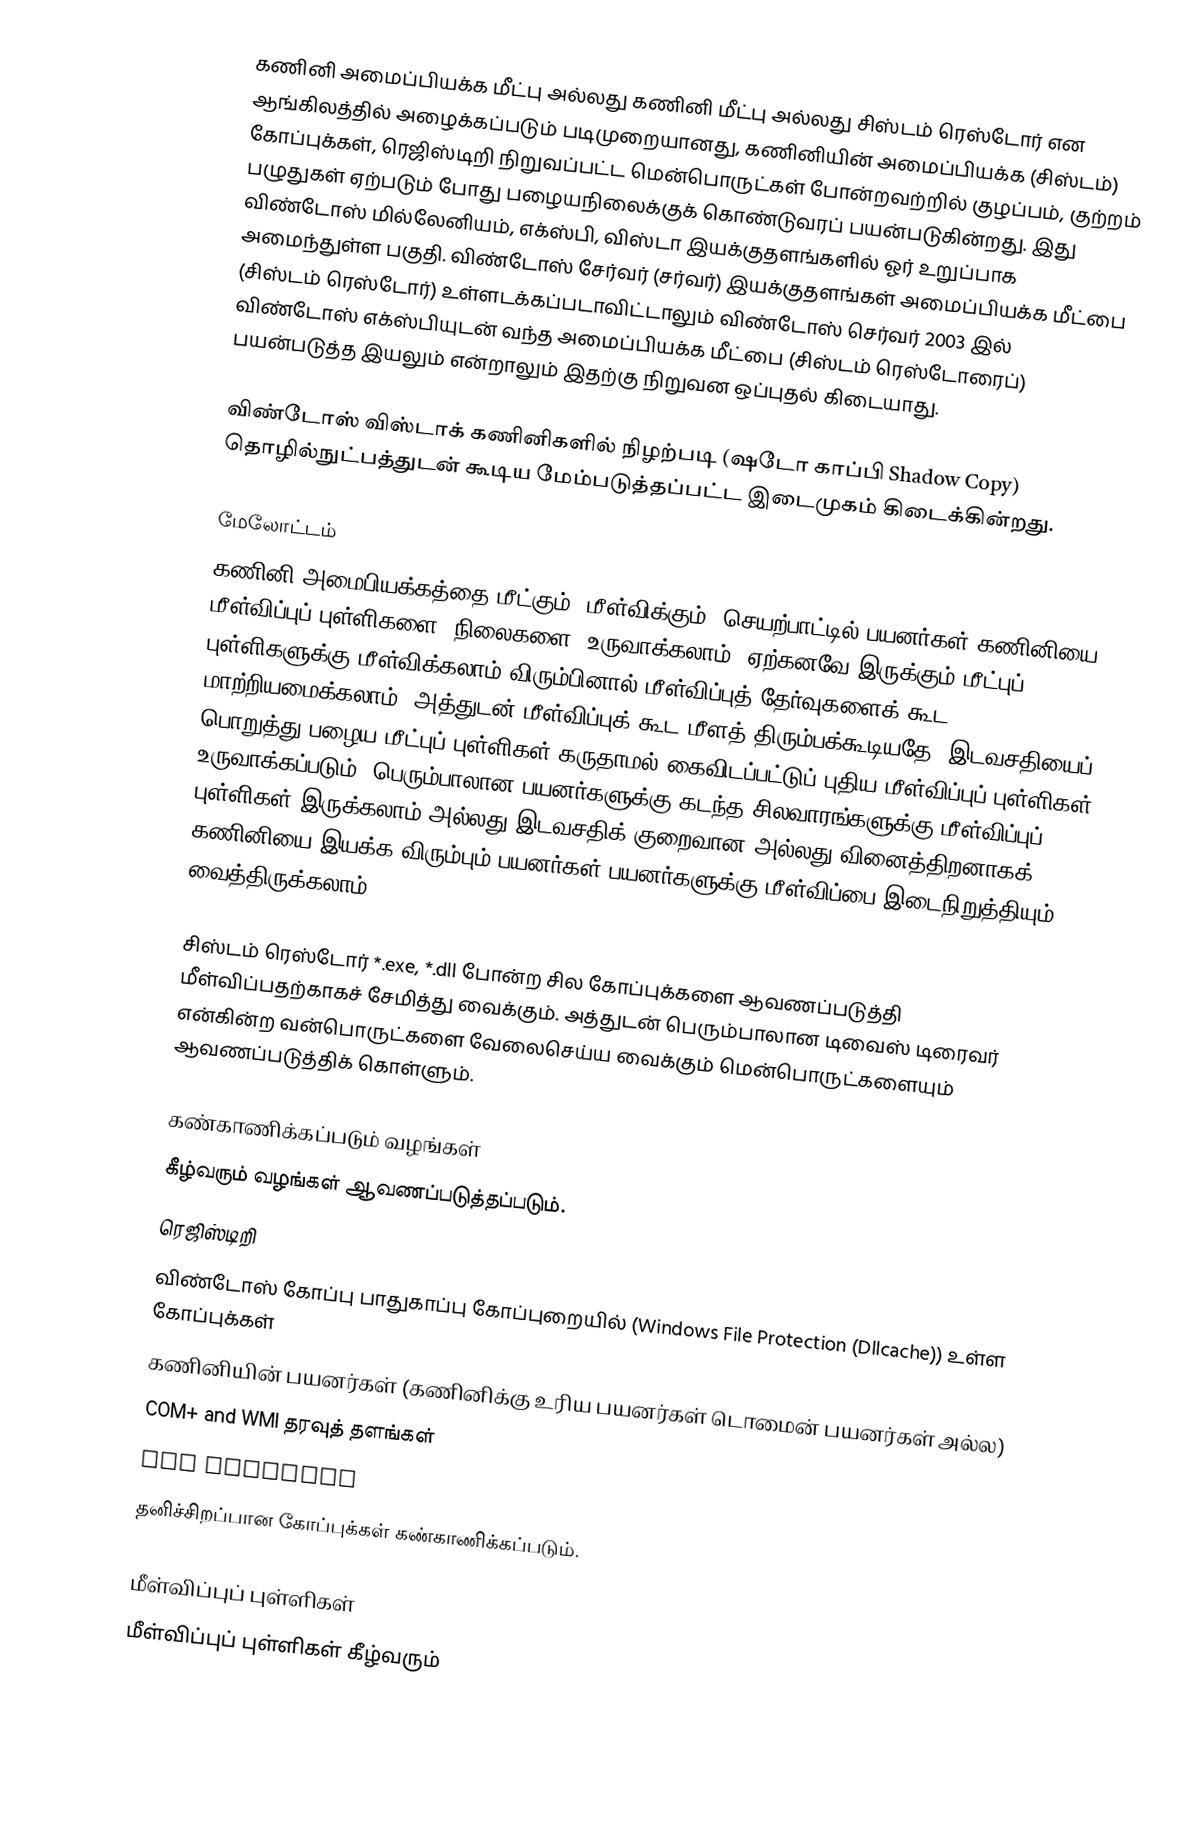
கணினி அமைப்பியக்க மீட்பு அல்லது கணினி மீட்பு அல்லது சிஸ்டம் ரெஸ்டோர் என ஆங்கிலத்தில் அழைக்கப்படும் படிமுறையானது, கணினியின் அமைப்பியக்க (சிஸ்டம்) கோப்புக்கள், ரெஜிஸ்டிறி நிறுவப்பட்ட மென்பொருட்கள் போன்றவற்றில் குழப்பம், குற்றம் பழுதுகள் ஏற்படும் போது பழையநிலைக்குக் கொண்டுவரப் பயன்படுகின்றது. இது விண்டோஸ் மில்லேனியம், எக்ஸ்பி, விஸ்டா இயக்குதளங்களில் ஓர் உறுப்பாக அமைந்துள்ள பகுதி. விண்டோஸ் சேர்வர் (சர்வர்) இயக்குதளங்கள் அமைப்பியக்க மீட்பை (சிஸ்டம் ரெஸ்டோர்) உள்ளடக்கப்படாவிட்டாலும் விண்டோஸ் செர்வர் 2003 இல் விண்டோஸ் எக்ஸ்பியுடன் வந்த அமைப்பியக்க மீட்பை (சிஸ்டம் ரெஸ்டோரைப்) பயன்படுத்த இயலும் என்றாலும் இதற்கு நிறுவன ஒப்புதல் கிடையாது.

விண்டோஸ் விஸ்டாக் கணினிகளில் நிழற்படி  (ஷடோ காப்பி Shadow Copy) தொழில்நுட்பத்துடன் கூடிய மேம்படுத்தப்பட்ட இடைமுகம் கிடைக்கின்றது.

மேலோட்டம்
கணினி அமைபியக்கத்தை மீட்கும் (மீள்விக்கும்) செயற்பாட்டில் பயனர்கள் கணினியை மீள்விப்புப் புள்ளிகளை (நிலைகளை) உருவாக்கலாம். ஏற்கனவே இருக்கும் மீட்புப் புள்ளிகளுக்கு மீள்விக்கலாம் விரும்பினால் மீள்விப்புத் தேர்வுகளைக் கூட மாற்றியமைக்கலாம். அத்துடன் மீள்விப்புக் கூட மீளத் திரும்பக்கூடியதே. இடவசதியைப் பொறுத்து பழைய மீட்புப் புள்ளிகள் கருதாமல் கைவிடப்பட்டுப் புதிய மீள்விப்புப் புள்ளிகள் உருவாக்கப்படும். பெரும்பாலான பயனர்களுக்கு கடந்த சிலவாரங்களுக்கு மீள்விப்புப் புள்ளிகள் இருக்கலாம் அல்லது இடவசதிக் குறைவான அல்லது வினைத்திறனாகக் கணினியை இயக்க விரும்பும் பயனர்கள் பயனர்களுக்கு மீள்விப்பை இடைநிறுத்தியும் வைத்திருக்கலாம்.

சிஸ்டம் ரெஸ்டோர் *.exe, *.dll போன்ற சில கோப்புக்களை ஆவணப்படுத்தி மீள்விப்பதற்காகச் சேமித்து வைக்கும். அத்துடன் பெரும்பாலான டிவைஸ் டிரைவர் என்கின்ற வன்பொருட்களை வேலைசெய்ய வைக்கும் மென்பொருட்களையும் ஆவணப்படுத்திக் கொள்ளும்.

கண்காணிக்கப்படும் வழங்கள்
கீழ்வரும் வழங்கள் ஆவணப்படுத்தப்படும்.
ரெஜிஸ்டிறி
விண்டோஸ் கோப்பு பாதுகாப்பு கோப்புறையில் (Windows File Protection (Dllcache)) உள்ள கோப்புக்கள்
கணினியின் பயனர்கள் (கணினிக்கு உரிய பயனர்கள் டொமைன் பயனர்கள் அல்ல)
COM+ and WMI தரவுத் தளங்கள்
IIS Metabase
தனிச்சிறப்பான கோப்புக்கள் கண்காணிக்கப்படும்.

மீள்விப்புப் புள்ளிகள்
மீள்விப்புப் புள்ளிகள் கீழ்வரும்